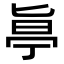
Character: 𠤟